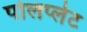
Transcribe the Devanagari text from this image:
पोलप्लेट